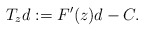
\begin{align*} T_{z}d:=F'(z)d-C.\end{align*}